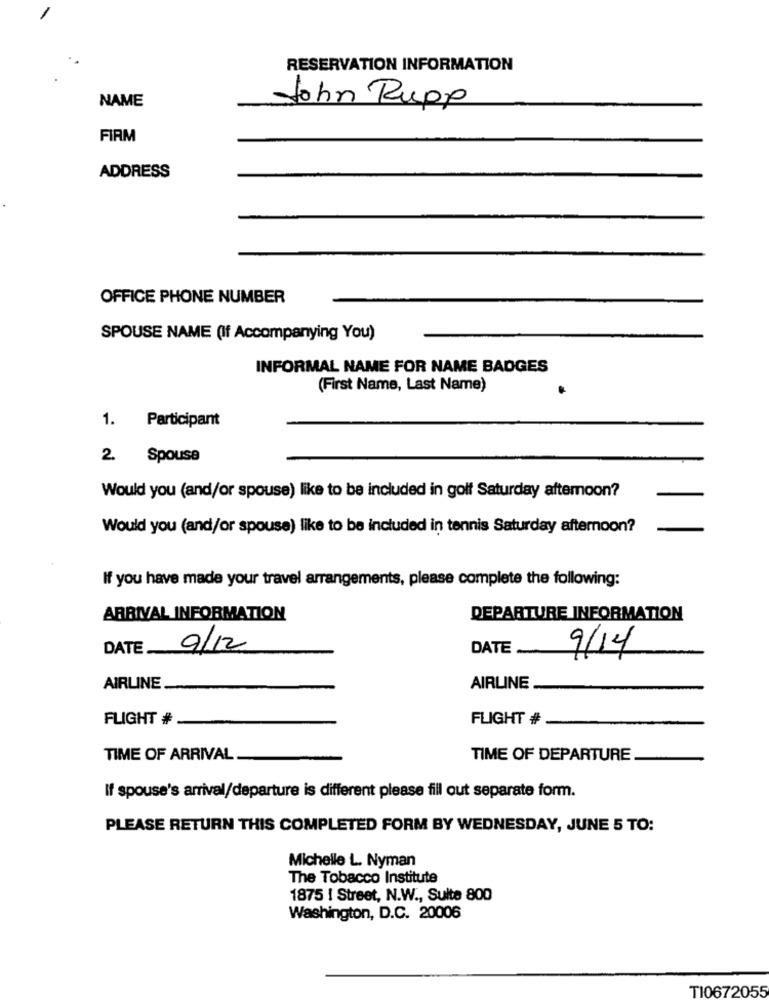
RESERVATION INFORMATION
NAME
John Rupp
FIRM
ADDRESS
OFFICE PHONE NUMBER
SPOUSE NAME (If Accompanying You)
INFORMAL NAME FOR NAME BADGES
(First Name, Last Name)
1. Participant
2. Spouse
Would you (and/or spouse) like to be included in golf Saturday afternoon?
Would you (and/or spouse) like to be included in tennis Saturday afternoon?
If you have made your travel arrangements, please complete the following:
ARRIVAL INFORMATION
DEPARTURE INFORMATION
DATE
9/12
DATE
9/14
AIRLINE
AIRLINE
FLIGHT #
FLIGHT #
TIME OF ARRIVAL
TIME OF DEPARTURE
If spouse's arrival/departure is different please fill out separate form.
PLEASE RETURN THIS COMPLETED FORM BY WEDNESDAY, JUNE 5 TO:
Michelle L. Nyman
The Tobacco Institute
1875 | Street, N.W ., Suite 800
Washington, D.C. 20006
TI0672055